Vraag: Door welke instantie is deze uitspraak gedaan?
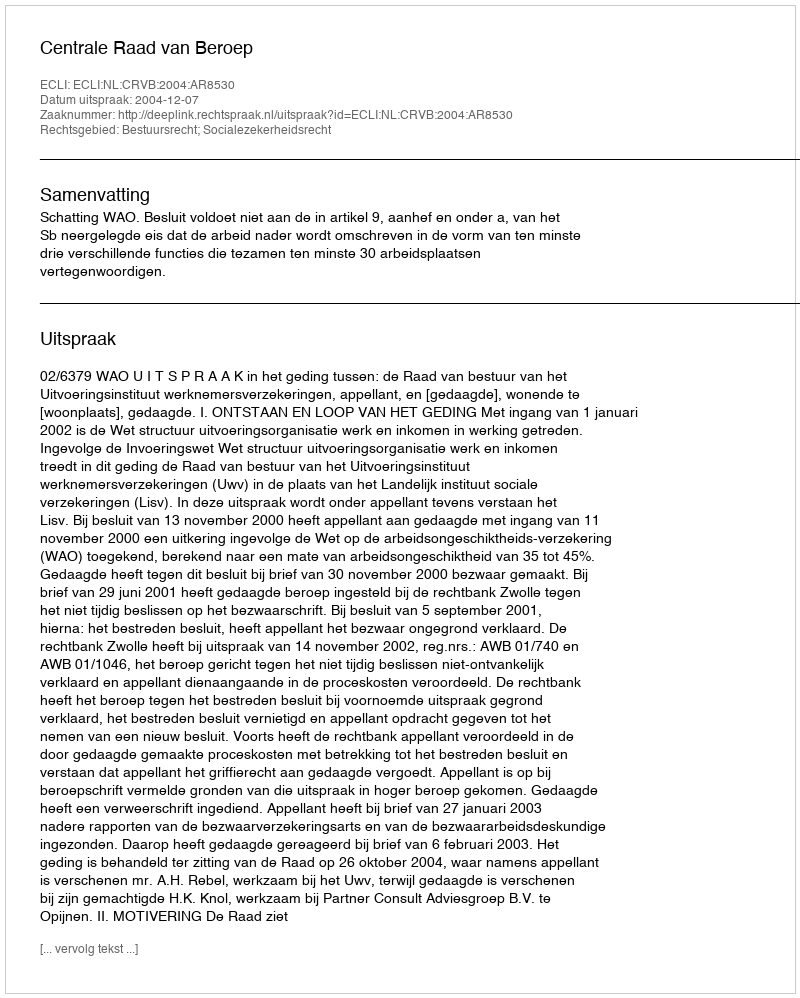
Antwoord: Centrale Raad van Beroep